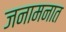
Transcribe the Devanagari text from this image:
जनामनात